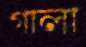
গালা